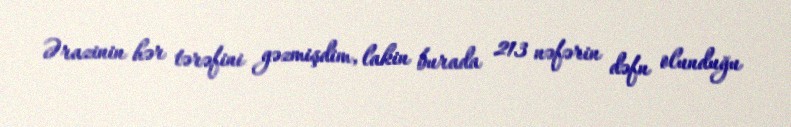
Ərazinin hər tərəfini gəzmişdim, lakin burada 213 nəfərin dəfn olunduğu